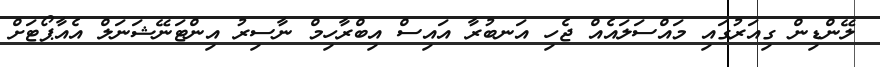
ލޭންޑިން ގިއަރުގައި މައްސަލައެއް ޖެހި އަނބުރާ އައިސް އިބްރާހިމް ނާސިރު އިންޓަނޭޝަނަލް އެއާޕޯޓަށް